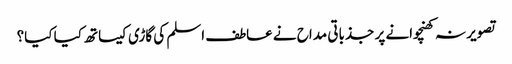
تصویر نہ کھنچوانے پر جذباتی مداح نے عاطف اسلم کی گاڑی کیساتھ کیا کیا؟